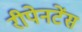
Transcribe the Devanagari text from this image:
रीपेनटेंस